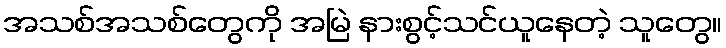
အသစ်အသစ်တွေကို အမြဲ နားစွင့်သင်ယူနေတဲ့ သူတွေ။